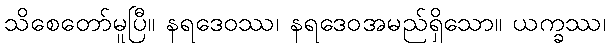
သိစေတော်မူပြီ။ နရဒေဝဿ၊ နရဒေဝအမည်ရှိသော။ ယက္ခဿ၊